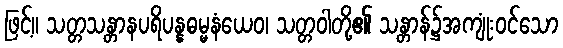
ဖြင့်။ သတ္တသန္တာနပရိပန္နဓမ္မနံယေဝ၊ သတ္တဝါတို့၏ သန္တာန်၌အကျုံးဝင်သော